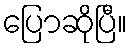
ပြောဆိုပြီ။